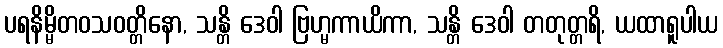
ပရနိမ္မိတဝသဝတ္တိနော, သန္တိ ဒေဝါ ဗြဟ္မကာယိကာ, သန္တိ ဒေဝါ တတုတ္တရိ, ယထာရူပါယ